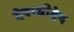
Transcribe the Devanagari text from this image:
देवाधीदेव